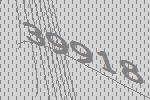
39918